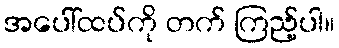
အပေါ်ထပ်ကို တက် ကြည့်ပါ။